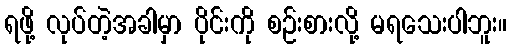
ရဖို့ လုပ်တဲ့အခါမှာ ပိုင်းကို စဉ်းစားလို့ မရသေးပါဘူး။